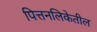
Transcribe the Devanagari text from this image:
पित्तनलिकेतील